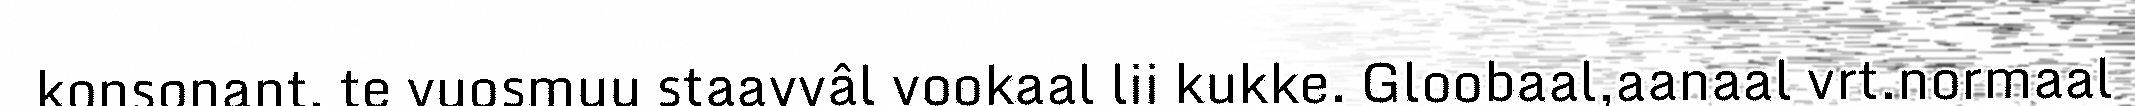
konsonant, te vuosmuu staavvâl vookaal lii kukke. Gloobaal,aanaal vrt.normaal